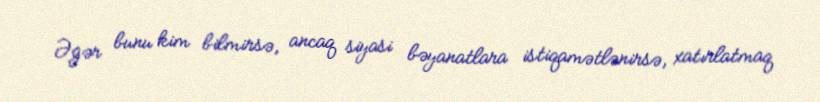
Əgər bunu kim bilmirsə, ancaq siyasi bəyanatlara istiqamətlənirsə, xatırlatmaq